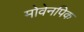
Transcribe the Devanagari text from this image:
मोवेनपिक